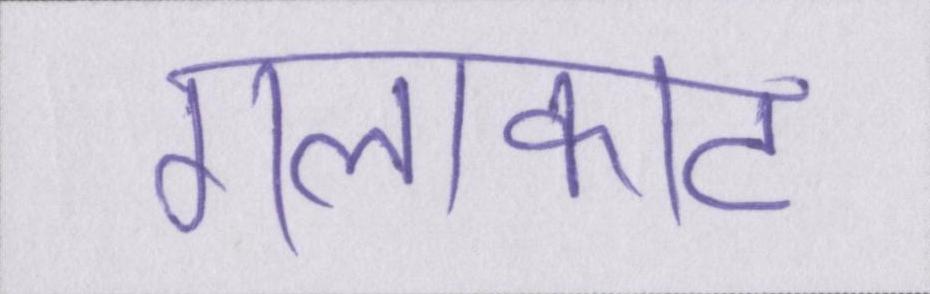
गलाकाट